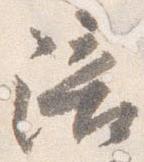
陪